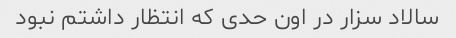
سالاد سزار در اون حدی که انتظار داشتم نبود